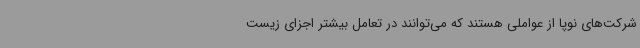
شرکت‌های نوپا از عواملی هستند که می‌توانند در تعامل بیشتر اجزای زیست